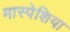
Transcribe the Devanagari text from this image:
मास्पेशिया